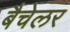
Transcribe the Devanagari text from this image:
बैचेलर